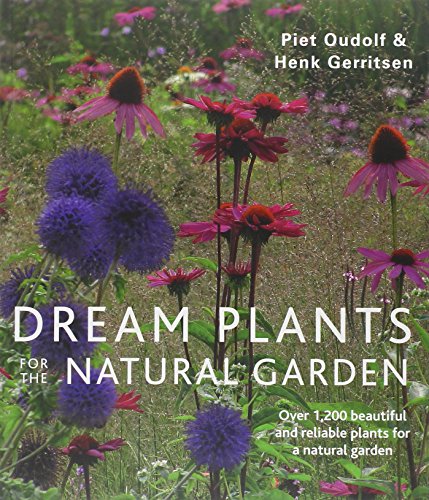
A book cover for Dream Plants for the Natural Garden; Piet Oudolf; Crafts, Hobbies & Home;